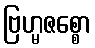
ဗြဟ္မဇစ္စော